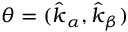
{ \theta = ( \hat { \boldsymbol { k } } _ { \alpha } , \hat { \boldsymbol { k } } _ { \beta } ) }